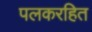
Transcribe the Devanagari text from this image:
पलकरहित